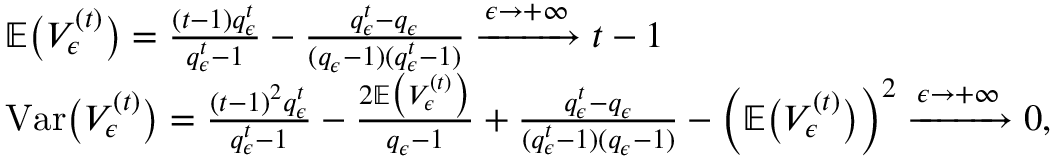
\begin{array} { r l } & { \mathbb { E } \big ( V _ { \epsilon } ^ { ( t ) } \big ) = \frac { ( t - 1 ) q _ { \epsilon } ^ { t } } { q _ { \epsilon } ^ { t } - 1 } - \frac { q _ { \epsilon } ^ { t } - q _ { \epsilon } } { ( q _ { \epsilon } - 1 ) ( q _ { \epsilon } ^ { t } - 1 ) } \xrightarrow { \epsilon \rightarrow + \infty } t - 1 } \\ & { \mathrm { V a r } \big ( V _ { \epsilon } ^ { ( t ) } \big ) = \frac { ( t - 1 ) ^ { 2 } q _ { \epsilon } ^ { t } } { q _ { \epsilon } ^ { t } - 1 } - \frac { 2 \mathbb { E } \big ( V _ { \epsilon } ^ { ( t ) } \big ) } { q _ { \epsilon } - 1 } + \frac { q _ { \epsilon } ^ { t } - q _ { \epsilon } } { ( q _ { \epsilon } ^ { t } - 1 ) ( q _ { \epsilon } - 1 ) } - \Big ( \mathbb { E } \big ( V _ { \epsilon } ^ { ( t ) } \big ) \Big ) ^ { 2 } \xrightarrow { \epsilon \rightarrow + \infty } 0 , } \end{array}